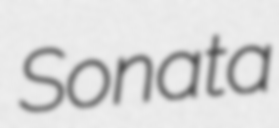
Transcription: Sonata